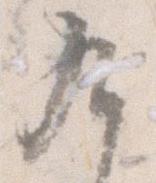
九